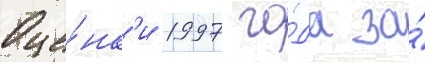
Оце́нк'и 1997 го́да за́